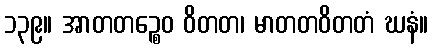
၁၃၉။ အာတတဉ္စေဝ ဝိတတ၊ မာတတဝိတတံ ဃနံ။